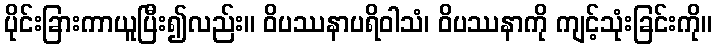
ပိုင်းခြားကာယူပြီး၍လည်း။ ဝိပဿနာပရိဝါသံ၊ ဝိပဿနာကို ကျင့်သုံးခြင်းကို။